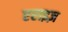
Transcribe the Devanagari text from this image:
एराइज़